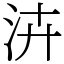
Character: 泋